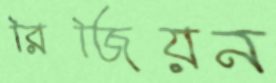
রিজিয়ন